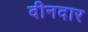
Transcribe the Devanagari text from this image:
दीनदार